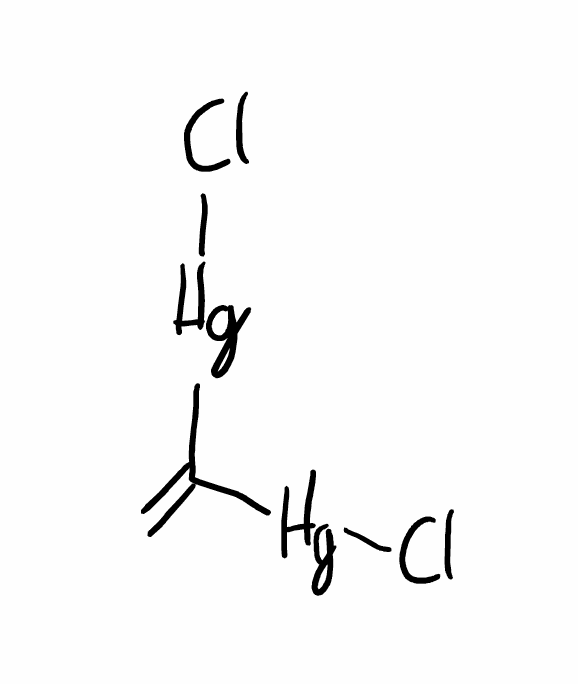
Simplified molecular-input line-entry system (SMILES) notation of the given molecule:
C=C([Hg]Cl)[Hg]Cl